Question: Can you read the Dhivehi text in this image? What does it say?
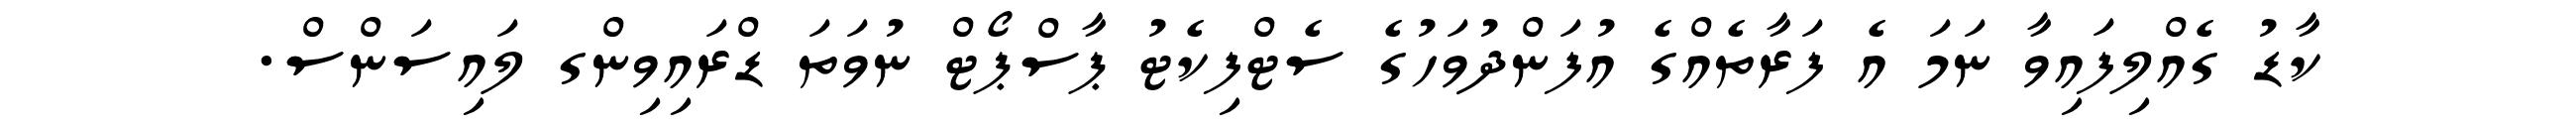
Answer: ކާޑު ގެއްލިފައިވާ ނަމަ އެ ފަރާތެއްގެ އުފަންދުވަހުގެ ސެޓްފިކެޓު ޕާސްޕޯޓް ނުވަތަ ޑްރައިވިންގ ލައިސަންސް.